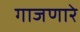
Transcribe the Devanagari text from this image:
गाजणारे